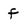
Character: f